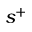
s ^ { + }